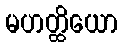
မဟတ္ထိယော